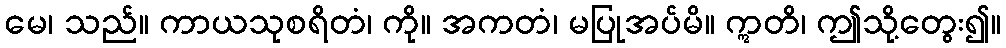
မေ၊ သည်။ ကာယသုစရိတံ၊ ကို။ အကတံ၊ မပြုအပ်မိ။ ဣတိ၊ ဤသို့တွေး၍။